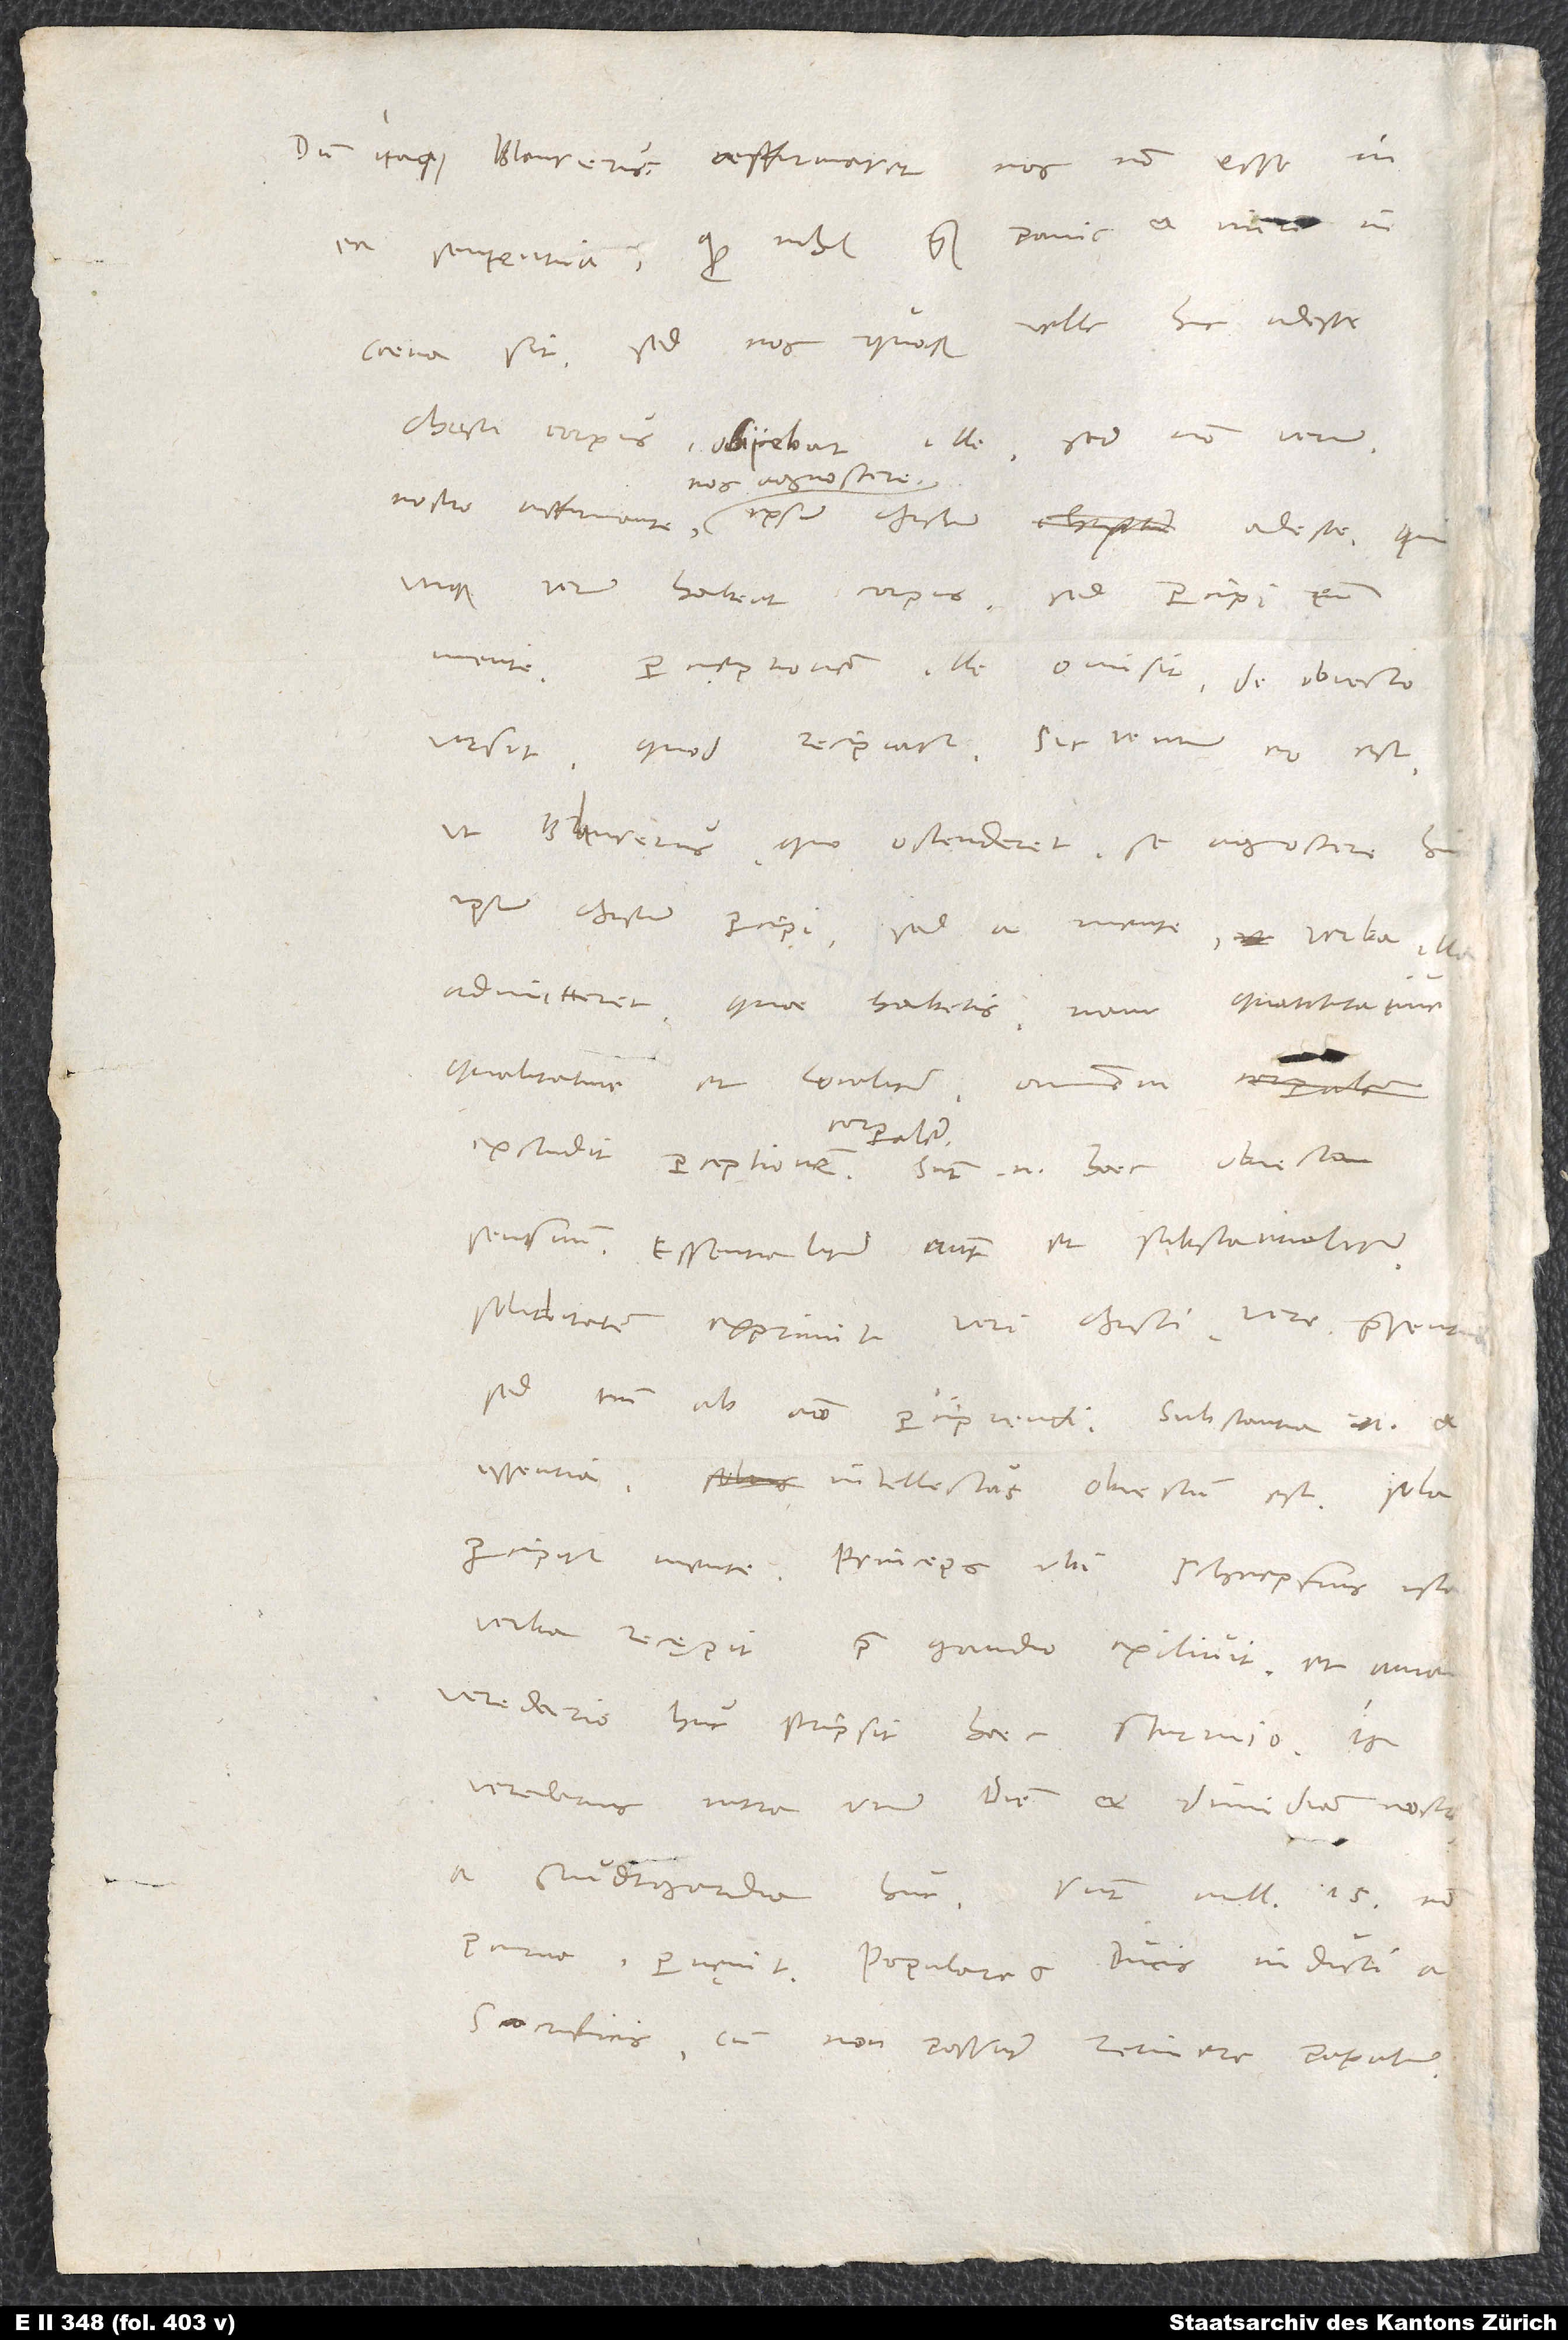
Dum itaque Blaurerus affirmaret nos non esse in
ea sententia, quod nihil quam panis et vinum in
velle hic adesse
coena sit, sed nos quoque
Christi corpus, obiiciebat ille: «Sed non verum!»
nos agnoscere
utique verum habeat corpus, sed percipi eum
mente. Perceptionem ille omisit, de obiecto
ursit, quod recipiatur. Sic ventum eo est,
ut Blaurerus, quo ostenderet se agnoscere hic
ipsum Christum percipi, sed a mente, verba illa
admitteret, quae habetis. Nam «quantitative,
qualitative et localiter» omnem
corporalem.
sensuum. «Essentialiter» autem et «substantialiter»
soliditatem exprimit veri Christi vere praesentis,
sed tantum ab animo percipiendi. Substantia enim et
essentia intellectus obiectum est. Sola
percipitur mente. Princeps, ubi Schnepfius ista
verba recępit, prae gaudio exilivit et amandato
veredario huc scripsit haec Sturmio. Is
veredarius intra unum diem et dimidiam noctem
parva - pervęnit. Populares ducis inducti a
sacrificis, cum non possunt retinere papatum,